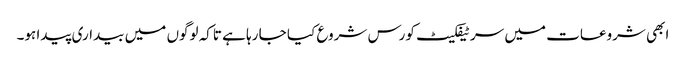
ابھی شروعات میں سرٹیفکیٹ کورس شروع کیا جا رہا ہے تاکہ لوگوں میں بیداری پیدا ہو۔